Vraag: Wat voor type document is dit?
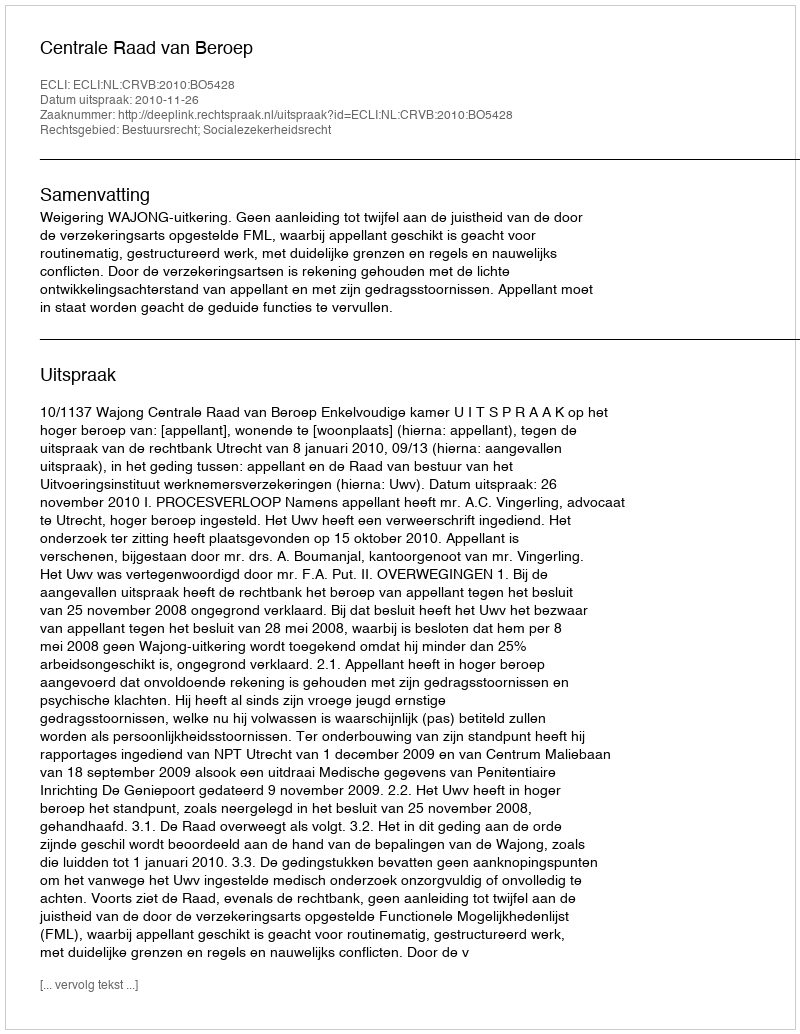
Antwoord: Uitspraak